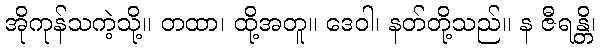
အိုကုန်သကဲ့သို့။ တထာ၊ ထို့အတူ။ ဒေဝါ၊ နတ်တို့သည်။ န ဇီရန္တိ၊